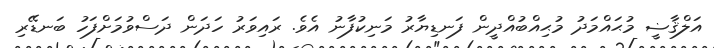
އަލްޤާޟީ މުޙައްމަދު މުޙިއްބުއްދީން ފަނޑިޔާރު މަނިކުފާނު އެވެ. ރައިވަރު ހަދަން ދަސްވުމަށްފަހު ބަނޑޭރި